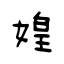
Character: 媓